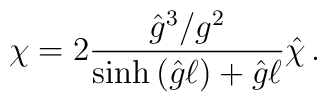
\chi=2\frac{{\hat g}^3/g^2}{\sinh{\left( {\hat g}\ell \right)}+{\hat g}\ell}{\hat{\chi}}\, .